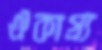
ঐকাগ্র্য